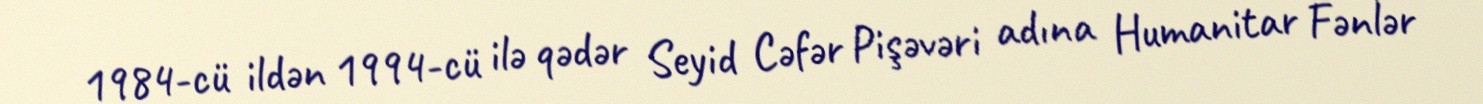
1984-cü ildən 1994-cü ilə qədər Seyid Cəfər Pişəvəri adına Humanitar Fənlər